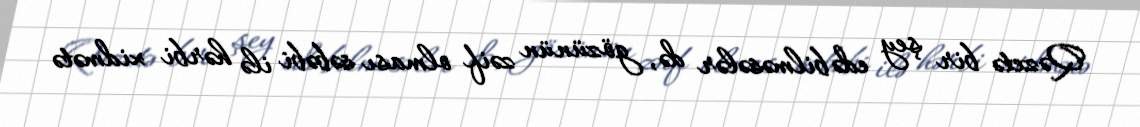
Qəzetə bir şey edə bilməsələr də, gözünün zəif olması səbəbi ilə hərbi xidmətə